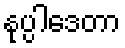
နုပ္ပါဒေတာ